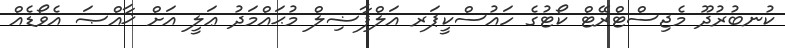
ކުނބުރުދޫ މެޖިސްޓްރޭޓް ކޯޓުގެ ހައުސްކީޕަރ އަލްފާޟިލް މުޙައްމަދު ޢަލީ އަށް ޚާއްޞަ އެވޯޑެއް